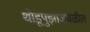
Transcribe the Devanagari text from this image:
थोडूपुझाजवळील